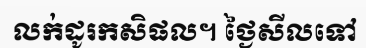
លក់ដូរកសិផល។ ថ្ងៃសីលទៅ